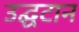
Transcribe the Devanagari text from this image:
उद्घटान